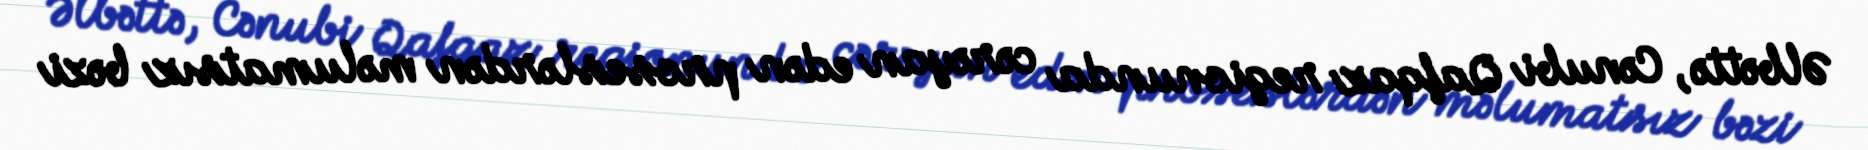
Əlbəttə, Cənubi Qafqaz regionunda cərəyan edən proseslərdən məlumatsız bəzi